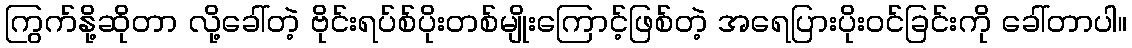
ကြွက်နို့ဆိုတာ လို့ခေါ်တဲ့ ဗိုင်းရပ်စ်ပိုးတစ်မျိုးကြောင့်ဖြစ်တဲ့ အရေပြားပိုးဝင်ခြင်းကို ခေါ်တာပါ။